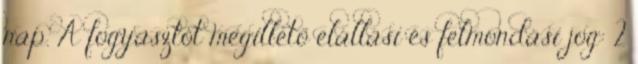
nap. A fogyasztót megillető elállási és felmondási jog: 2